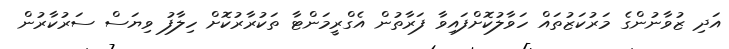
އަދި ޒުވާނުންގެ މަރުކަޒުތައް ހަވާލުކޮށްފައިވާ ފަރާތުން އެގްރީމަންޓާ ތަކުރާރުކޮށް ހިލާފު ވިޔަސް ސަރުކާރުން